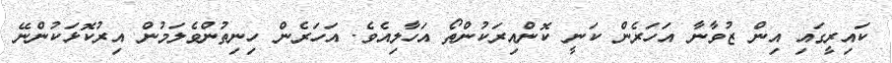
ކައިރީގައި އިން ޒުވާނާ އަހަރެން ކަނީ ކޮންއިރަކުންތޯ އަހާލިއެވެ. އަހަރެން ހިނިތުންވެލަމުން އިރުކޮޅަކުންނޭ